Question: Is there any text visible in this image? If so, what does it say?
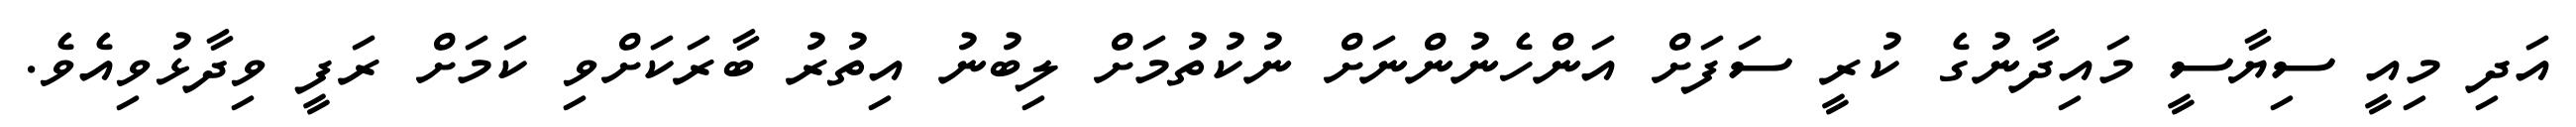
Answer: އަދި މިއީ ސިޔާސީ މައިދާނުގެ ކުރީ ސަފަށް އަންހެނުންނަށް ނުކުތުމަށް ލިބުނު އިތުރު ބާރަކަށްވި ކަމަށް ރަފީ ވިދާޅުވިއެވެ.